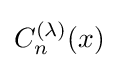
C_{n}^{(\lambda )}(x)